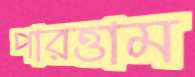
পারত্তাম